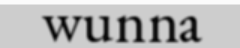
wunna